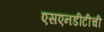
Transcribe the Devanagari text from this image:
एसएनडीटीची